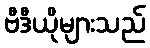
ဗီဒီယိုများသည်